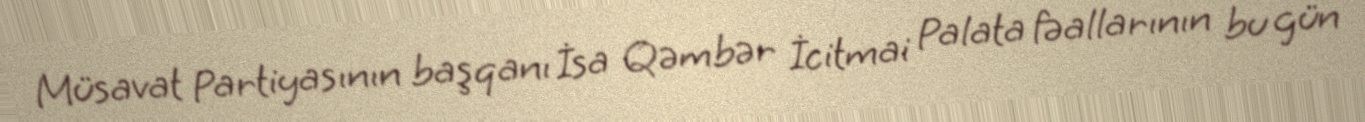
Müsavat Partiyasının başqanı İsa Qəmbər İcitmai Palata fəallarının bu gün